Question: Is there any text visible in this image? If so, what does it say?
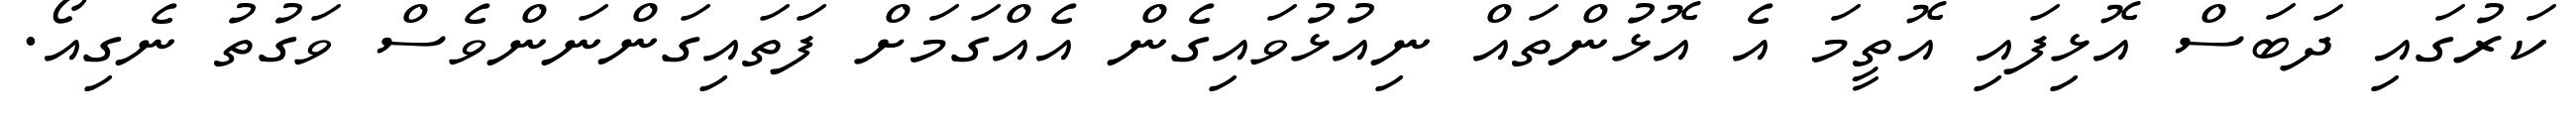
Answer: ކަރުގައި ދަބަސް އޮޅިފައި އޮތީމަ އެ އޮޅުންތައް ނިއުޅުވައިގެން އެއްގަމަށް ފަތައިގަންނަންވެސް ވަގުތު ނެގިއޯ.